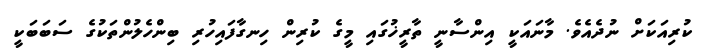
ކުރިއަކަށް ނުދެއެވެ. މާނައަކީ އިންސާނީ ތާރީޚުގައި މީގެ ކުރިން ހިނގާފައިހުރި ބިންހެލުންތަކުގެ ސަބަބަކީ